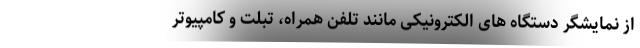
از نمایشگر دستگاه های الکترونیکی مانند تلفن همراه، تبلت و کامپیوتر